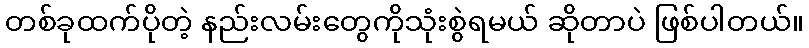
တစ်ခုထက်ပိုတဲ့ နည်းလမ်းတွေကိုသုံးစွဲရမယ် ဆိုတာပဲ ဖြစ်ပါတယ်။